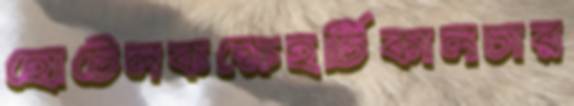
হোটেলকক্ষেহর্টিকালচার